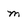
Character: m